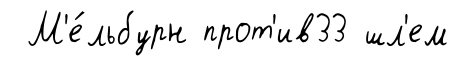
М'е́льбурн прот'ив33 шл'ем